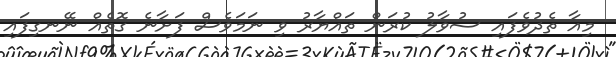
މިއާ ތެދުވެފައި ސުވާލު ކުރަން ތައްޔާރު ވި ނަމަވެސް ފަށާނެ ގޮތެއް ނޭނގިފައި